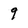
Character: 9